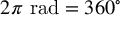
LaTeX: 2 \pi { \mathrm { ~ r a d } } = 3 6 0 ^ { \circ }